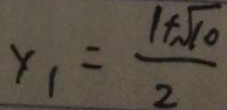
x _ { 1 } = \frac { 1 + \sqrt { 1 0 } } { 2 }